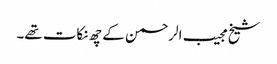
شیخ مجیب الرحمن کے چھ نکات تھے۔